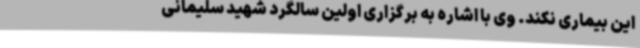
این بیماری نکند. وی با اشاره به برگزاری اولین سالگرد شهید سلیمانی